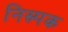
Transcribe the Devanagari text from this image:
निस्र्पक